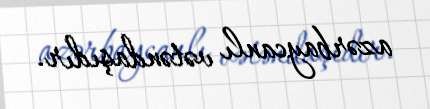
azərbaycanlı vətəndaşıdır.